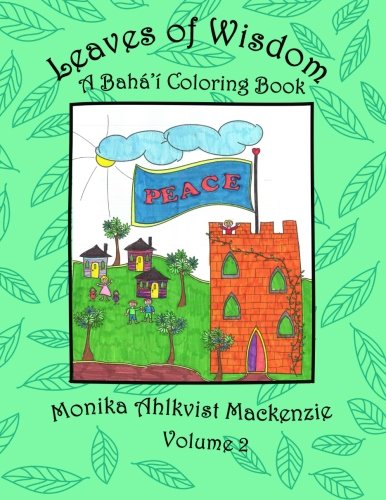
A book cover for Leaves of Wisdom  Volume 2: A Baha'i Coloring Resource Book; Monika Ahlkvist Mackenzie; Religion & Spirituality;